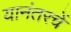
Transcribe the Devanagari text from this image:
यानंतरचें